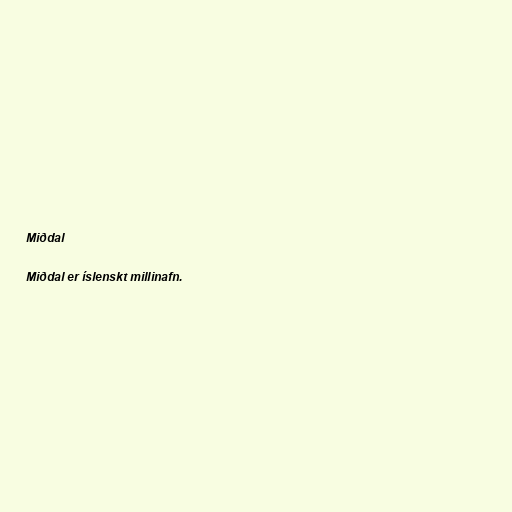
Miðdal

Miðdal er íslenskt millinafn.